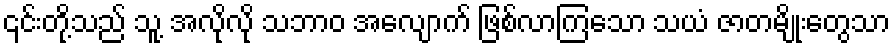
၎င်းတို့သည် သူ့ အလိုလို သဘာဝ အလျောက် ဖြစ်လာကြသော သယံ ဇာတမျိုးတွေသာ